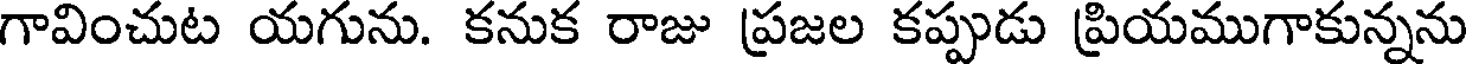
గావించుట యగును. కనుక రాజు ప్రజల కప్పుడు ప్రియముగాకున్నను